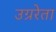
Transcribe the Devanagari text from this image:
उग्ररेता